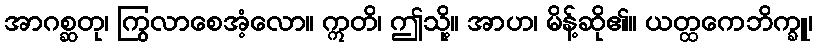
အာဂစ္ဆတု၊ ကြွလာစေအံ့လော။ ဣတိ၊ ဤသို့။ အာဟ၊ မိန့်ဆို၏။ ယတ္ထကေဘိက္ခူ၊